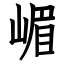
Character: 嵋